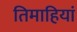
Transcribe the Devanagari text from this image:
तिमाहियां